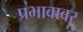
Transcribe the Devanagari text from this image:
प्रभावावर